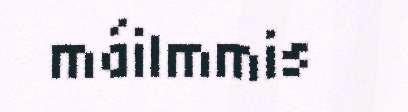
máilmmis